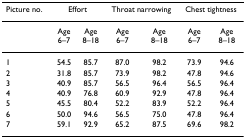
| Picture no. | <COLSPAN=2> Effort | <COLSPAN=2> Throat narrowing | <COLSPAN=2> Chest tightness |
 | --- | --- | --- | --- | --- | --- | --- |
 |  | Age 6–7 | Age 8–18 | Age 6–7 | Age 8–18 | Age 6–7 | Age 8–18 |
 | 1 | 54.5 | 85.7 | 87.0 | 98.2 | 73.9 | 94.6 |
 | 2 | 31.8 | 85.7 | 73.9 | 98.2 | 47.8 | 94.6 |
 | 3 | 40.9 | 85.7 | 56.5 | 96.4 | 56.5 | 96.4 |
 | 4 | 40.9 | 76.8 | 60.9 | 92.9 | 47.8 | 96.4 |
 | 5 | 45.5 | 80.4 | 52.2 | 83.9 | 52.2 | 96.4 |
 | 6 | 50.0 | 94.6 | 56.5 | 75.0 | 47.8 | 96.4 |
 | 7 | 59.1 | 92.9 | 65.2 | 87.5 | 69.6 | 98.2 |